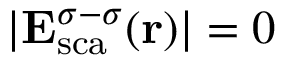
| { \bf E } _ { \mathrm { { s c a } } } ^ { \sigma - \sigma } ( { \bf r } ) | = 0